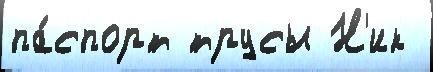
па́спорт трусы Н'ик